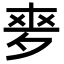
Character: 𡖘